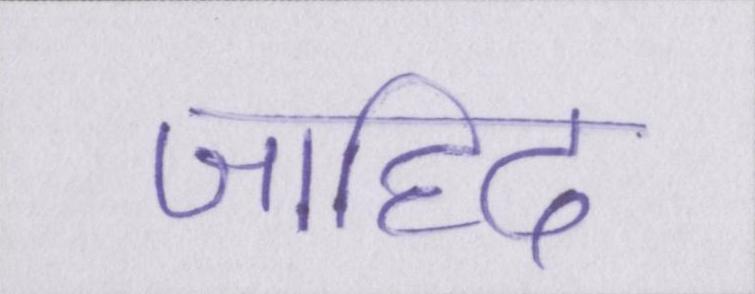
जाहिद